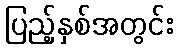
ပြည့်နှစ်အတွင်း